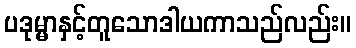
ပဒုမ္မာနှင့်တူသောဒါယကာသည်လည်း။